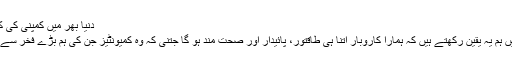
دنیا بھر میں کمپنی کی کامیابی کی کہانیاں
کوکاکولا کمپنی میں ہم یہ یقین رکھتے ہیں کہ ہمارا کاروبار اتنا ہی طاقتور، پائیدار اور صحت مند ہو گا جتنی کہ وہ کمیونٹیز جن کی ہم بڑے فخر سے خدمت کرتے ہیں۔